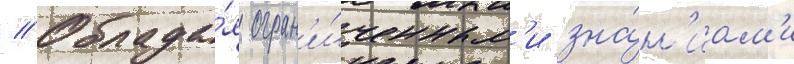
// Облада́я огран'и́ченным'и зна́н'иам'и